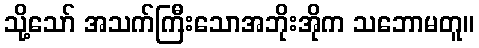
သို့သော် အသက်ကြီးသောအဘိုးအိုက သဘောမတူ။